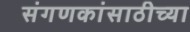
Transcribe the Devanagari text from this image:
संगणकांसाठीच्या